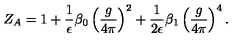
Z _ { A } = 1 + \frac { 1 } { \epsilon } \beta _ { 0 } \left( \frac { g } { 4 \pi } \right) ^ { 2 } + \frac { 1 } { 2 \epsilon } \beta _ { 1 } \left( \frac { g } { 4 \pi } \right) ^ { 4 } .